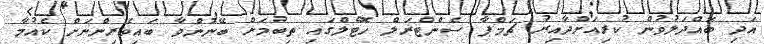
އަދި ބައްދަލުވުން ކުރިއަށްދާއިރު ޗަމްޕާ ސެންޓްރަލް ހޮޓެލްގައި ތިބުމަށް ބޭނުންވާ ބައިވެރިންނަށް ކެއުމާ